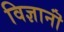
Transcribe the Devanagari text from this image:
विज्ञानॊं